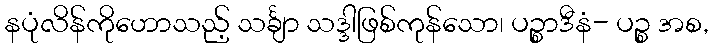
နပုံလိန်ကိုဟောသည့် သင်္ချာ သဒ္ဒါဖြစ်ကုန်သော၊ ပဉ္စာဒီနံ- ပဉ္စ အစ,